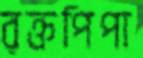
রক্তপিপা